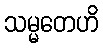
သမ္မတေဟိ